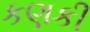
કણકી